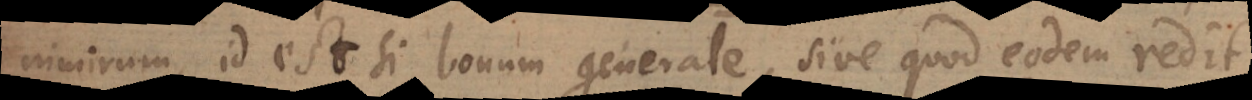
imirum, id est si bonum generale, sive quod eodem redit,